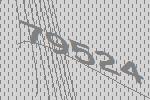
79524